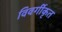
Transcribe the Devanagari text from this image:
विवर्गीकृत